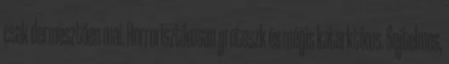
csak dermesztően mai. Horrorisztikusan groteszk és mégis katarktikus. Sejtelmes,